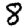
Digit: 8